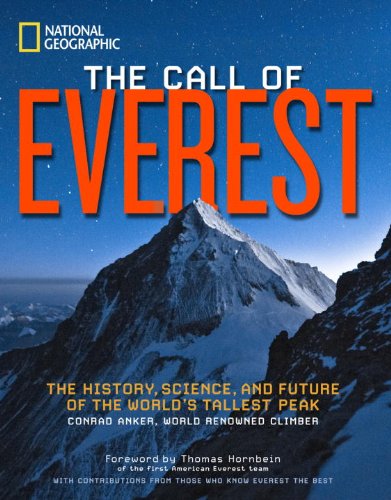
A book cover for The Call of Everest: The History, Science, and Future of the World's Tallest Peak; Conrad Anker; Science & Math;